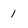
Character: 1